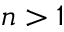
n > 1